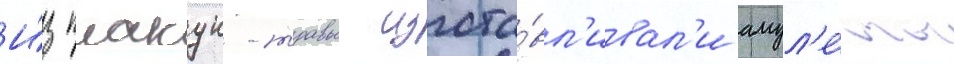
И́з плакун-травы изгота́вл'ивал'и амул'е́ты